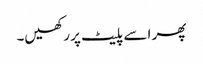
پھر اسے پلیٹ پر رکھیں۔